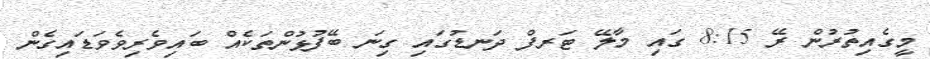
މީގެއިތުރުން ރޭ 8:15 ގައި މާލޭ ޓަރފް ދަނޑުގައި ގިނަ ބޭފުޅުންތަކެއް ބައިވެރިވެވަޑައިގެން